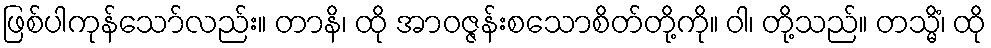
ဖြစ်ပါကုန်သော်လည်း။ တာနိ၊ ထို အာဝဇ္ဇန်းစသောစိတ်တို့ကို။ ဝါ၊ တို့သည်။ တသ္မိံ၊ ထို